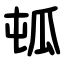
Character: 㼊